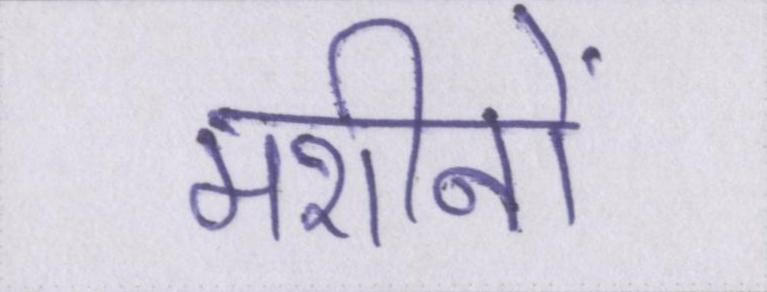
मशीनों